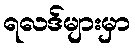
ရလဒ်များမှာ